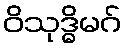
ဝိသုဒ္ဓိမဂ်